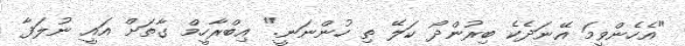
"އެހެންވީމަ އޭނަދެކެ ބިރުންދޯ ކަލޭ ތި ހުންނަނީ." އިބްރާހީމް ގާތަށް އައީ ނުލަފާ